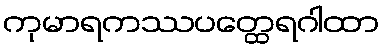
ကုမာရကဿပတ္ထေရဂါထာ